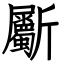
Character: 斸